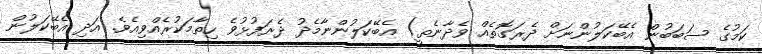
ކަމުގެ ސަބަބުން އެބޭކަލުންނަށް ދެރަގޮތެއް ވެދާނެތީ) އެބޭކަލުންނާމެދު ދެރަފުޅުވެ ހިތާމަކުރެއްވިއެވެ. އަދި އެބޭކަލުން